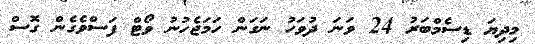
މިދިޔަ ޑިސެމްބަރު 24 ވަނަ ދުވަހު ނަގަން ހަމަޖެހުނު ވޯޓް ފަސްވެގެން ގޮސް